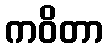
ကဝိတာ